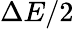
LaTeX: \Delta E/2